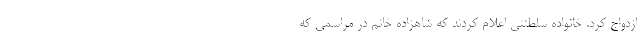
ازدواج کرد. خانواده سلطنتی اعلام کردند که شاهزاده خانم در مراسمی که